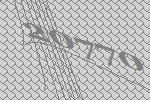
20770